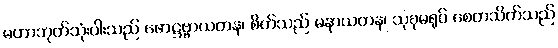
မဟာဘုတ်သုံးပါးသည် ဖောဋ္ဌဗ္ဗာယတန၊ စိတ်သည် မနာယတန၊ သုခုမရုပ် စေတသိက်သည်